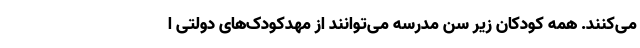
می‌کنند. همه کودکان زیر سن مدرسه می‌توانند از مهدکودک‌های دولتی ا